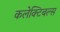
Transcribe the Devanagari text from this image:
कलेक्टिबल्स